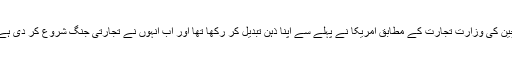
چین کی وزارت تجارت کے مطابق امریکا نے پہلے سے اپنا ذہن تبدیل کر رکھا تھا اور اب انہوں نے تجارتی جنگ شروع کر دی ہے۔